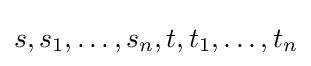
s,s_{1},\ldots ,s_{n},t,t_{1},\ldots ,t_{n}